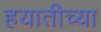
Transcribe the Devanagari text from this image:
हयातीच्या